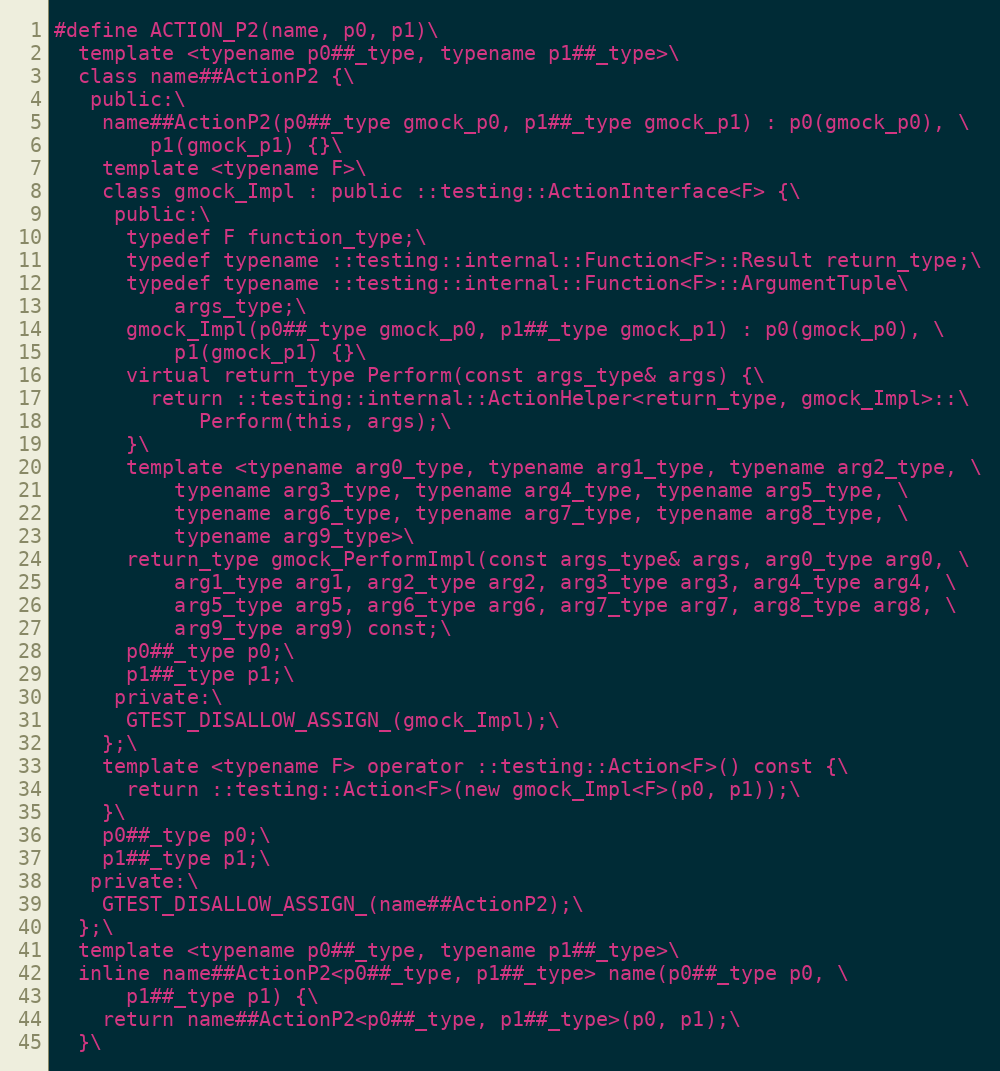
Language: C
#define ACTION_P2(name, p0, p1)\
  template <typename p0##_type, typename p1##_type>\
  class name##ActionP2 {\
   public:\
    name##ActionP2(p0##_type gmock_p0, p1##_type gmock_p1) : p0(gmock_p0), \
        p1(gmock_p1) {}\
    template <typename F>\
    class gmock_Impl : public ::testing::ActionInterface<F> {\
     public:\
      typedef F function_type;\
      typedef typename ::testing::internal::Function<F>::Result return_type;\
      typedef typename ::testing::internal::Function<F>::ArgumentTuple\
          args_type;\
      gmock_Impl(p0##_type gmock_p0, p1##_type gmock_p1) : p0(gmock_p0), \
          p1(gmock_p1) {}\
      virtual return_type Perform(const args_type& args) {\
        return ::testing::internal::ActionHelper<return_type, gmock_Impl>::\
            Perform(this, args);\
      }\
      template <typename arg0_type, typename arg1_type, typename arg2_type, \
          typename arg3_type, typename arg4_type, typename arg5_type, \
          typename arg6_type, typename arg7_type, typename arg8_type, \
          typename arg9_type>\
      return_type gmock_PerformImpl(const args_type& args, arg0_type arg0, \
          arg1_type arg1, arg2_type arg2, arg3_type arg3, arg4_type arg4, \
          arg5_type arg5, arg6_type arg6, arg7_type arg7, arg8_type arg8, \
          arg9_type arg9) const;\
      p0##_type p0;\
      p1##_type p1;\
     private:\
      GTEST_DISALLOW_ASSIGN_(gmock_Impl);\
    };\
    template <typename F> operator ::testing::Action<F>() const {\
      return ::testing::Action<F>(new gmock_Impl<F>(p0, p1));\
    }\
    p0##_type p0;\
    p1##_type p1;\
   private:\
    GTEST_DISALLOW_ASSIGN_(name##ActionP2);\
  };\
  template <typename p0##_type, typename p1##_type>\
  inline name##ActionP2<p0##_type, p1##_type> name(p0##_type p0, \
      p1##_type p1) {\
    return name##ActionP2<p0##_type, p1##_type>(p0, p1);\
  }\